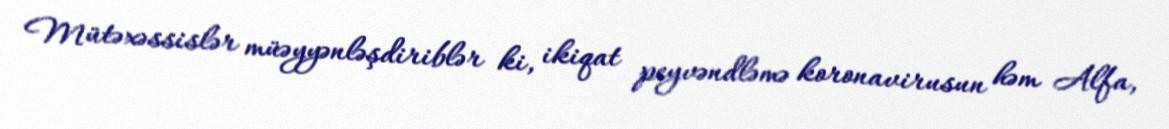
Mütəxəssislər müəyyənləşdiriblər ki, ikiqat peyvəndləmə koronavirusun həm Alfa,